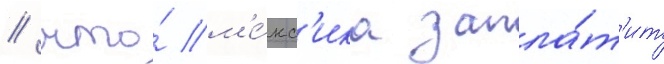
/ что́ м'е́кс'ика запла́т'ит